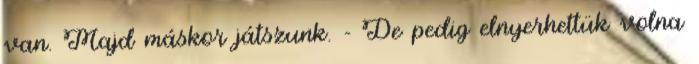
van. Majd máskor játszunk. - De pedig elnyerhettük volna